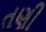
તણી